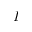
I